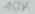
Text: 10K